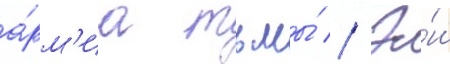
а́рм'иа тьмы́ // Э́ш